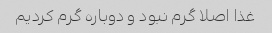
غذا اصلا گرم نبود و دوباره گرم کردیم